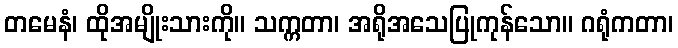
တမေနံ၊ ထိုအမျိုးသားကို။ သက္ကတာ၊ အရိုအသေပြုကုန်သော။ ဂရုံကတာ၊